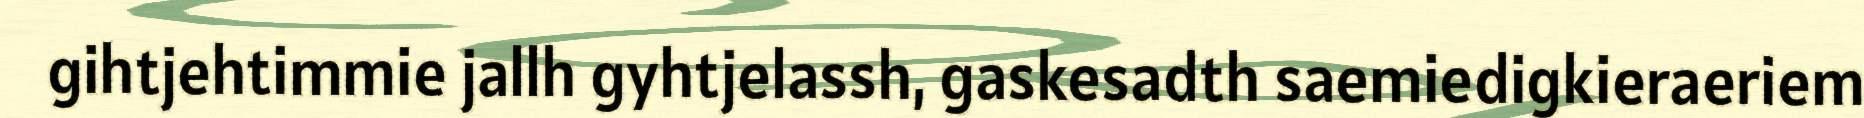
gihtjehtimmie jallh gyhtjelassh, gaskesadth saemiedigkieraeriem